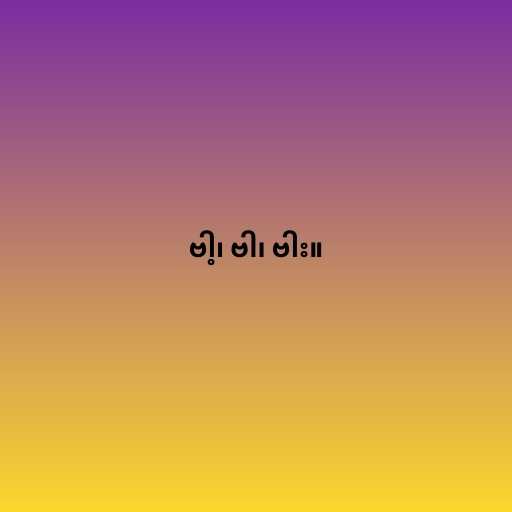
ဗါ့၊ ဗါ၊ ဗါး။